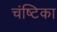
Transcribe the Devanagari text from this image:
चंष्टिका